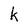
Character: k